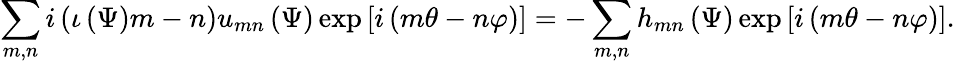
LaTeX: \sum_{m,n}i\left(\iota\left(\Psi\right)m-n\right)u_{mn}\left(\Psi\right)\exp\left[i\left(m\theta-n\varphi\right)\right]=-\sum_{m,n}h_{mn}\left(\Psi\right)\exp\left[i\left(m\theta-n\varphi\right)\right].